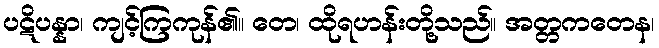
ပဋိပန္နာ၊ ကျင့်ကြကုန်၏။ တေ၊ ထိုရဟန်းတို့သည်။ အတ္တကတေန၊